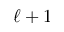
\ell + 1